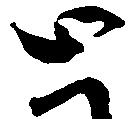
と